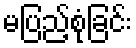
မပြည့်စုံခြင်း